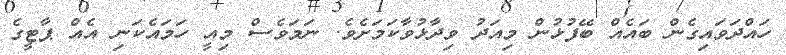
ހައްދަވައިގެން ބައެއް ބޭފުޅުން މިއަދު ވިދާޅުވާކަމަށެވެ. ނަމަވެސް މިއީ ހަމައެކަނި އެއް ޕާޓީގެ